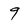
Character: 9